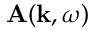
\mathbf { A } ( \mathbf { k } , \omega )